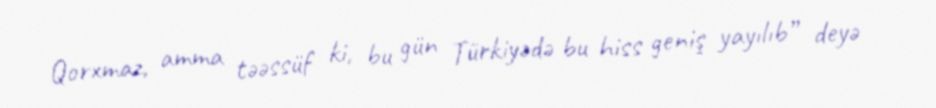
Qorxmaz, amma təəssüf ki, bu gün Türkiyədə bu hiss geniş yayılıb” deyə